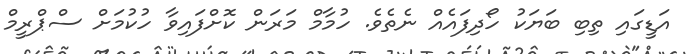
އަޑީގައި ތިބި ބަޔަކު ހޯދިފައެއް ނެތެވެ. ހުމާމް މަރަން ކޮށްފައިވާ ހުކުމަށް ސްޕްރީމް